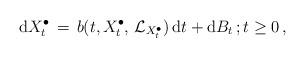
LaTeX: \begin{align*} {\mathrm d} X^{\bullet}_{t} \, =\, b(t, X_{t}^{\bullet}, \, \mathcal L_{ X_{t}^{\bullet}} ) \, {\mathrm d} t + {\mathrm d} B_{t} \, ; t \ge 0 \, , \end{align*}